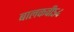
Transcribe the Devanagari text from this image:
बालकवी५४